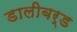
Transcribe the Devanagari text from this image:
डालीबर्ड